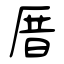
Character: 厝